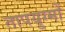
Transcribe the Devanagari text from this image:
तापयुग्मों